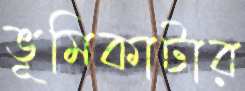
ভূমিকাটার